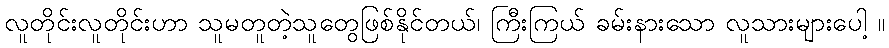
လူတိုင်းလူတိုင်းဟာ သူမတူတဲ့သူတွေဖြစ်နိုင်တယ်၊ ကြီးကြယ် ခမ်းနားသော လူသားများပေါ့ ။